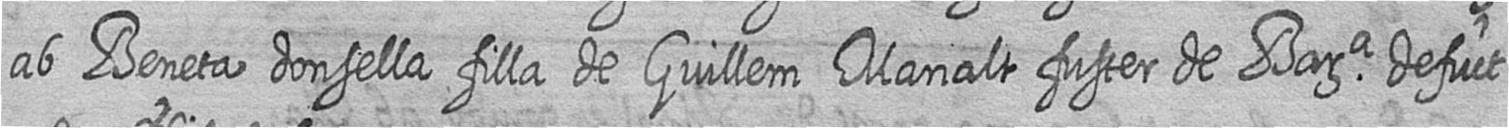
ab Beneta donsella filla de Guillem Manalt fuster de Bara defuct